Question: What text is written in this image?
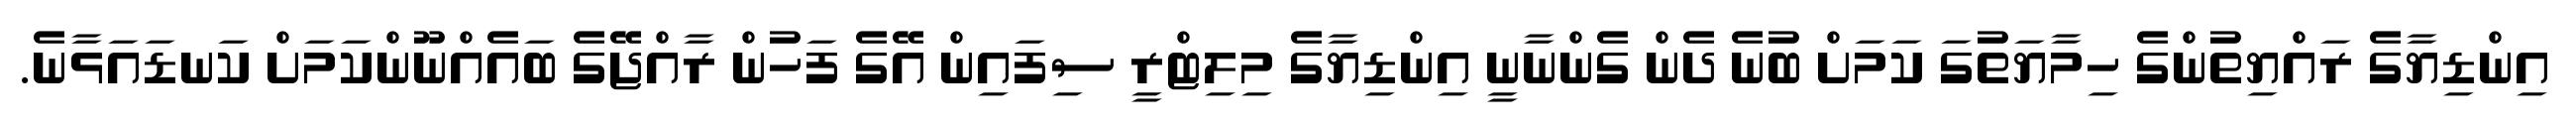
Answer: އިންޑިޔާގެ ރައްޔިތުންގެ ހިމާޔަތުގަ ކަމަށް ބުނެ ދެން ގެންނާނީ އިންޑިޔާގެ މިލިޓްރީ ސިފައިން އޭގެ ފަހުން ރާއްޖޭގެ ބައެއްނޫންކަމަށް ކަނޑައަޅާނެ.